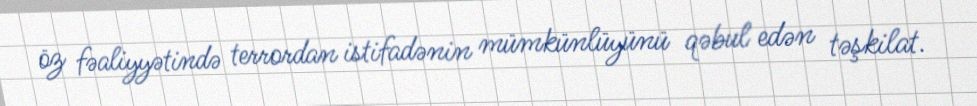
öz fəaliyyətində terrordan istifadənin mümkünlüyünü qəbul edən təşkilat.